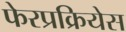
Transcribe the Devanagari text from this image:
फेरप्रक्रियेस